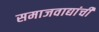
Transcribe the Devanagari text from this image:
समाजवाद्यांची